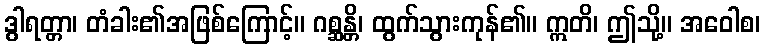
ဒွါရတ္တာ၊ တံခါး၏အဖြစ်ကြောင့်။ ဂစ္ဆန္တိ၊ ထွက်သွားကုန်၏။ ဣတိ၊ ဤသို့။ အဝေါစ၊